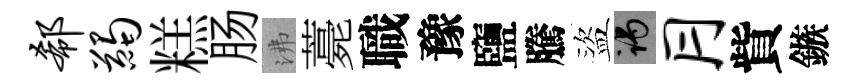
欷蠲糕肠沸薧職豫鹽騰盜谒月貲鏃